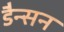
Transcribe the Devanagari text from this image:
डैन्सन